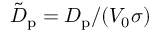
\tilde { D } _ { \mathrm { p } } = D _ { \mathrm { p } } / ( V _ { 0 } \sigma )